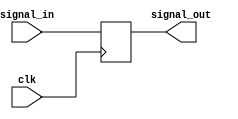
module m_chattering_filter(input clk, input signal_in, output signal_out);
	reg signal_reg;
	assign signal_out = signal_reg;
	
	always @(posedge clk) begin
		signal_reg = signal_in;
	end
endmodule